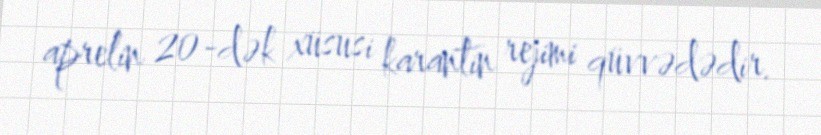
aprelin 20-dək xüsusi karantin rejimi qüvvədədir.